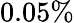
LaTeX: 0.05\%